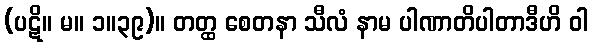
(ပဋိ။ မ။ ၁။၃၉)။ တတ္ထ စေတနာ သီလံ နာမ ပါဏာတိပါတာဒီဟိ ဝါ